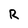
Character: R